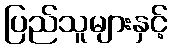
ပြည်သူများနှင့်